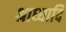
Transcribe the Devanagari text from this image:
श्राध्धादि